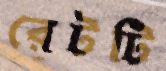
রেটটি